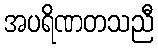
အပရိဏတသညီ